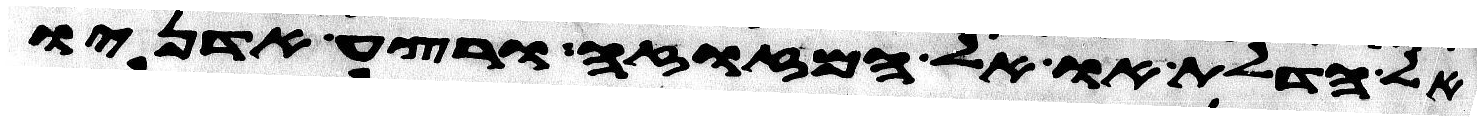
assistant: אל הדלת או אל המזוזה ורצע אדניו